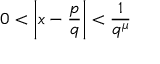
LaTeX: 0 < \left| x - { \frac { p } { q } } \right| < { \frac { 1 } { q ^ { \mu } } }